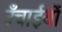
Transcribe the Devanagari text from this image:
उँचाईयों